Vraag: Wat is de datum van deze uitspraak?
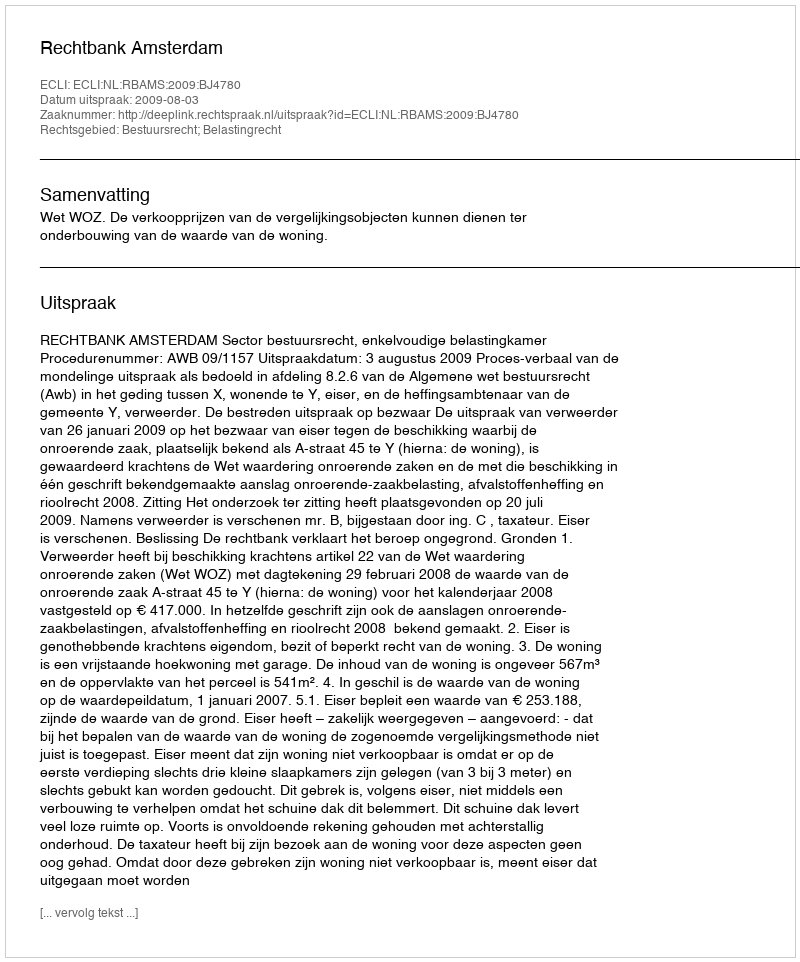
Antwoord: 2009-08-03